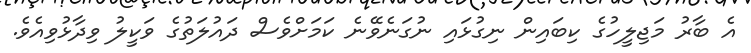
އެ ބާރު މަޖިލީހުގެ ކިބައިން ނިގުޅައި ނުގަނެވޭނެ ކަމަށްވެސް ދައުލަތުގެ ވަކީލު ވިދާޅުވިއެވެ.